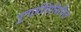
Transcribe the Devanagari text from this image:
पुनार्प्रतिलिपित